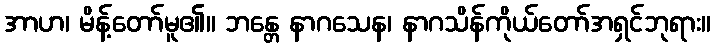
အာဟ၊ မိန့်တော်မူ၏။ ဘန္တေ နာဂသေန၊ နာဂသိန်ကိုယ်တော်အရှင်ဘုရား။